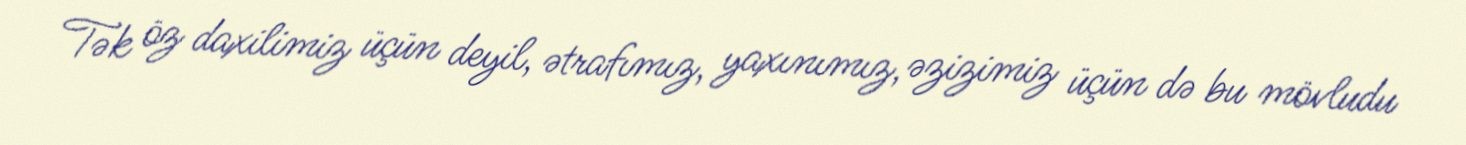
Tək öz daxilimiz üçün deyil, ətrafımız, yaxınımız, əzizimiz üçün də bu mövludu